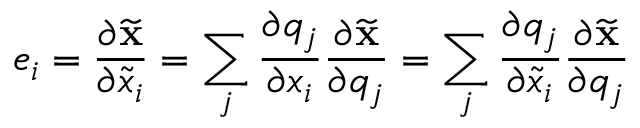
e _ { i } = \frac { \partial \ensuremath { { \widetilde { \mathbf { x } } } } } { \partial \widetilde { x } _ { i } } = \sum _ { j } \frac { \partial q _ { j } } { \partial x _ { i } } \frac { \partial \ensuremath { { \widetilde { \mathbf { x } } } } } { \partial q _ { j } } = \sum _ { j } \frac { \partial q _ { j } } { \partial \widetilde { x } _ { i } } \frac { \partial \ensuremath { { \widetilde { \mathbf { x } } } } } { \partial q _ { j } }